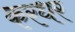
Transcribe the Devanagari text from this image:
करधर